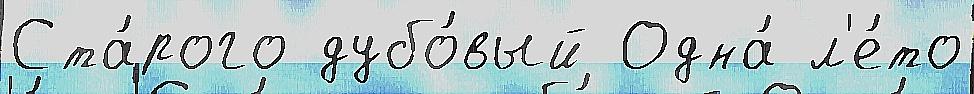
Ста́рого дубо́вый Одна́ л'е́то